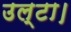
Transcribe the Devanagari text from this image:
उल्टा।